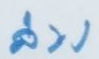
ล่าง